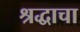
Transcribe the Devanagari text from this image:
श्रद्धाचा